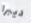
ديبرا